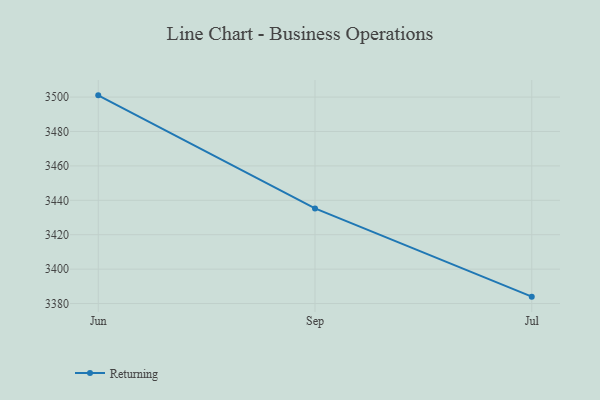
{"axis": {"x": "Month", "y": "Energy Usage (MWh)"}, "legend": ["Returning"], "data": [{"x": "Jun", "y": 3501.0, "type": "Returning"}, {"x": "Sep", "y": 3435.3, "type": "Returning"}, {"x": "Jul", "y": 3384.0, "type": "Returning"}]}